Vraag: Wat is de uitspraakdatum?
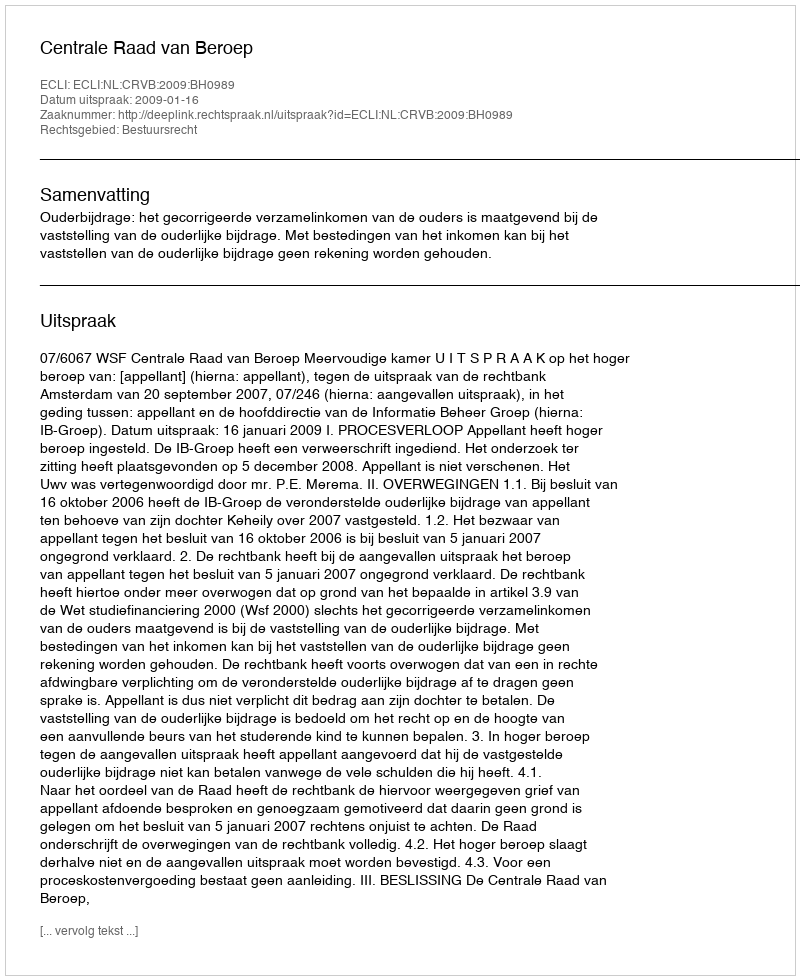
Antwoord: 2009-01-16